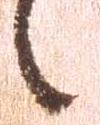
々